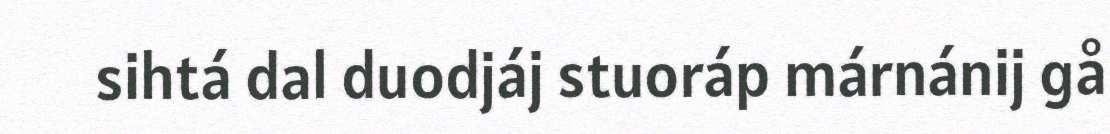
sihtá dal duodjáj stuoráp márnánij gå